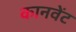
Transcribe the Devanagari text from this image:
कानवेंट